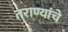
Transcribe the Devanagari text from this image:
तराण्यांचे